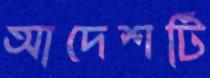
আদেশটি